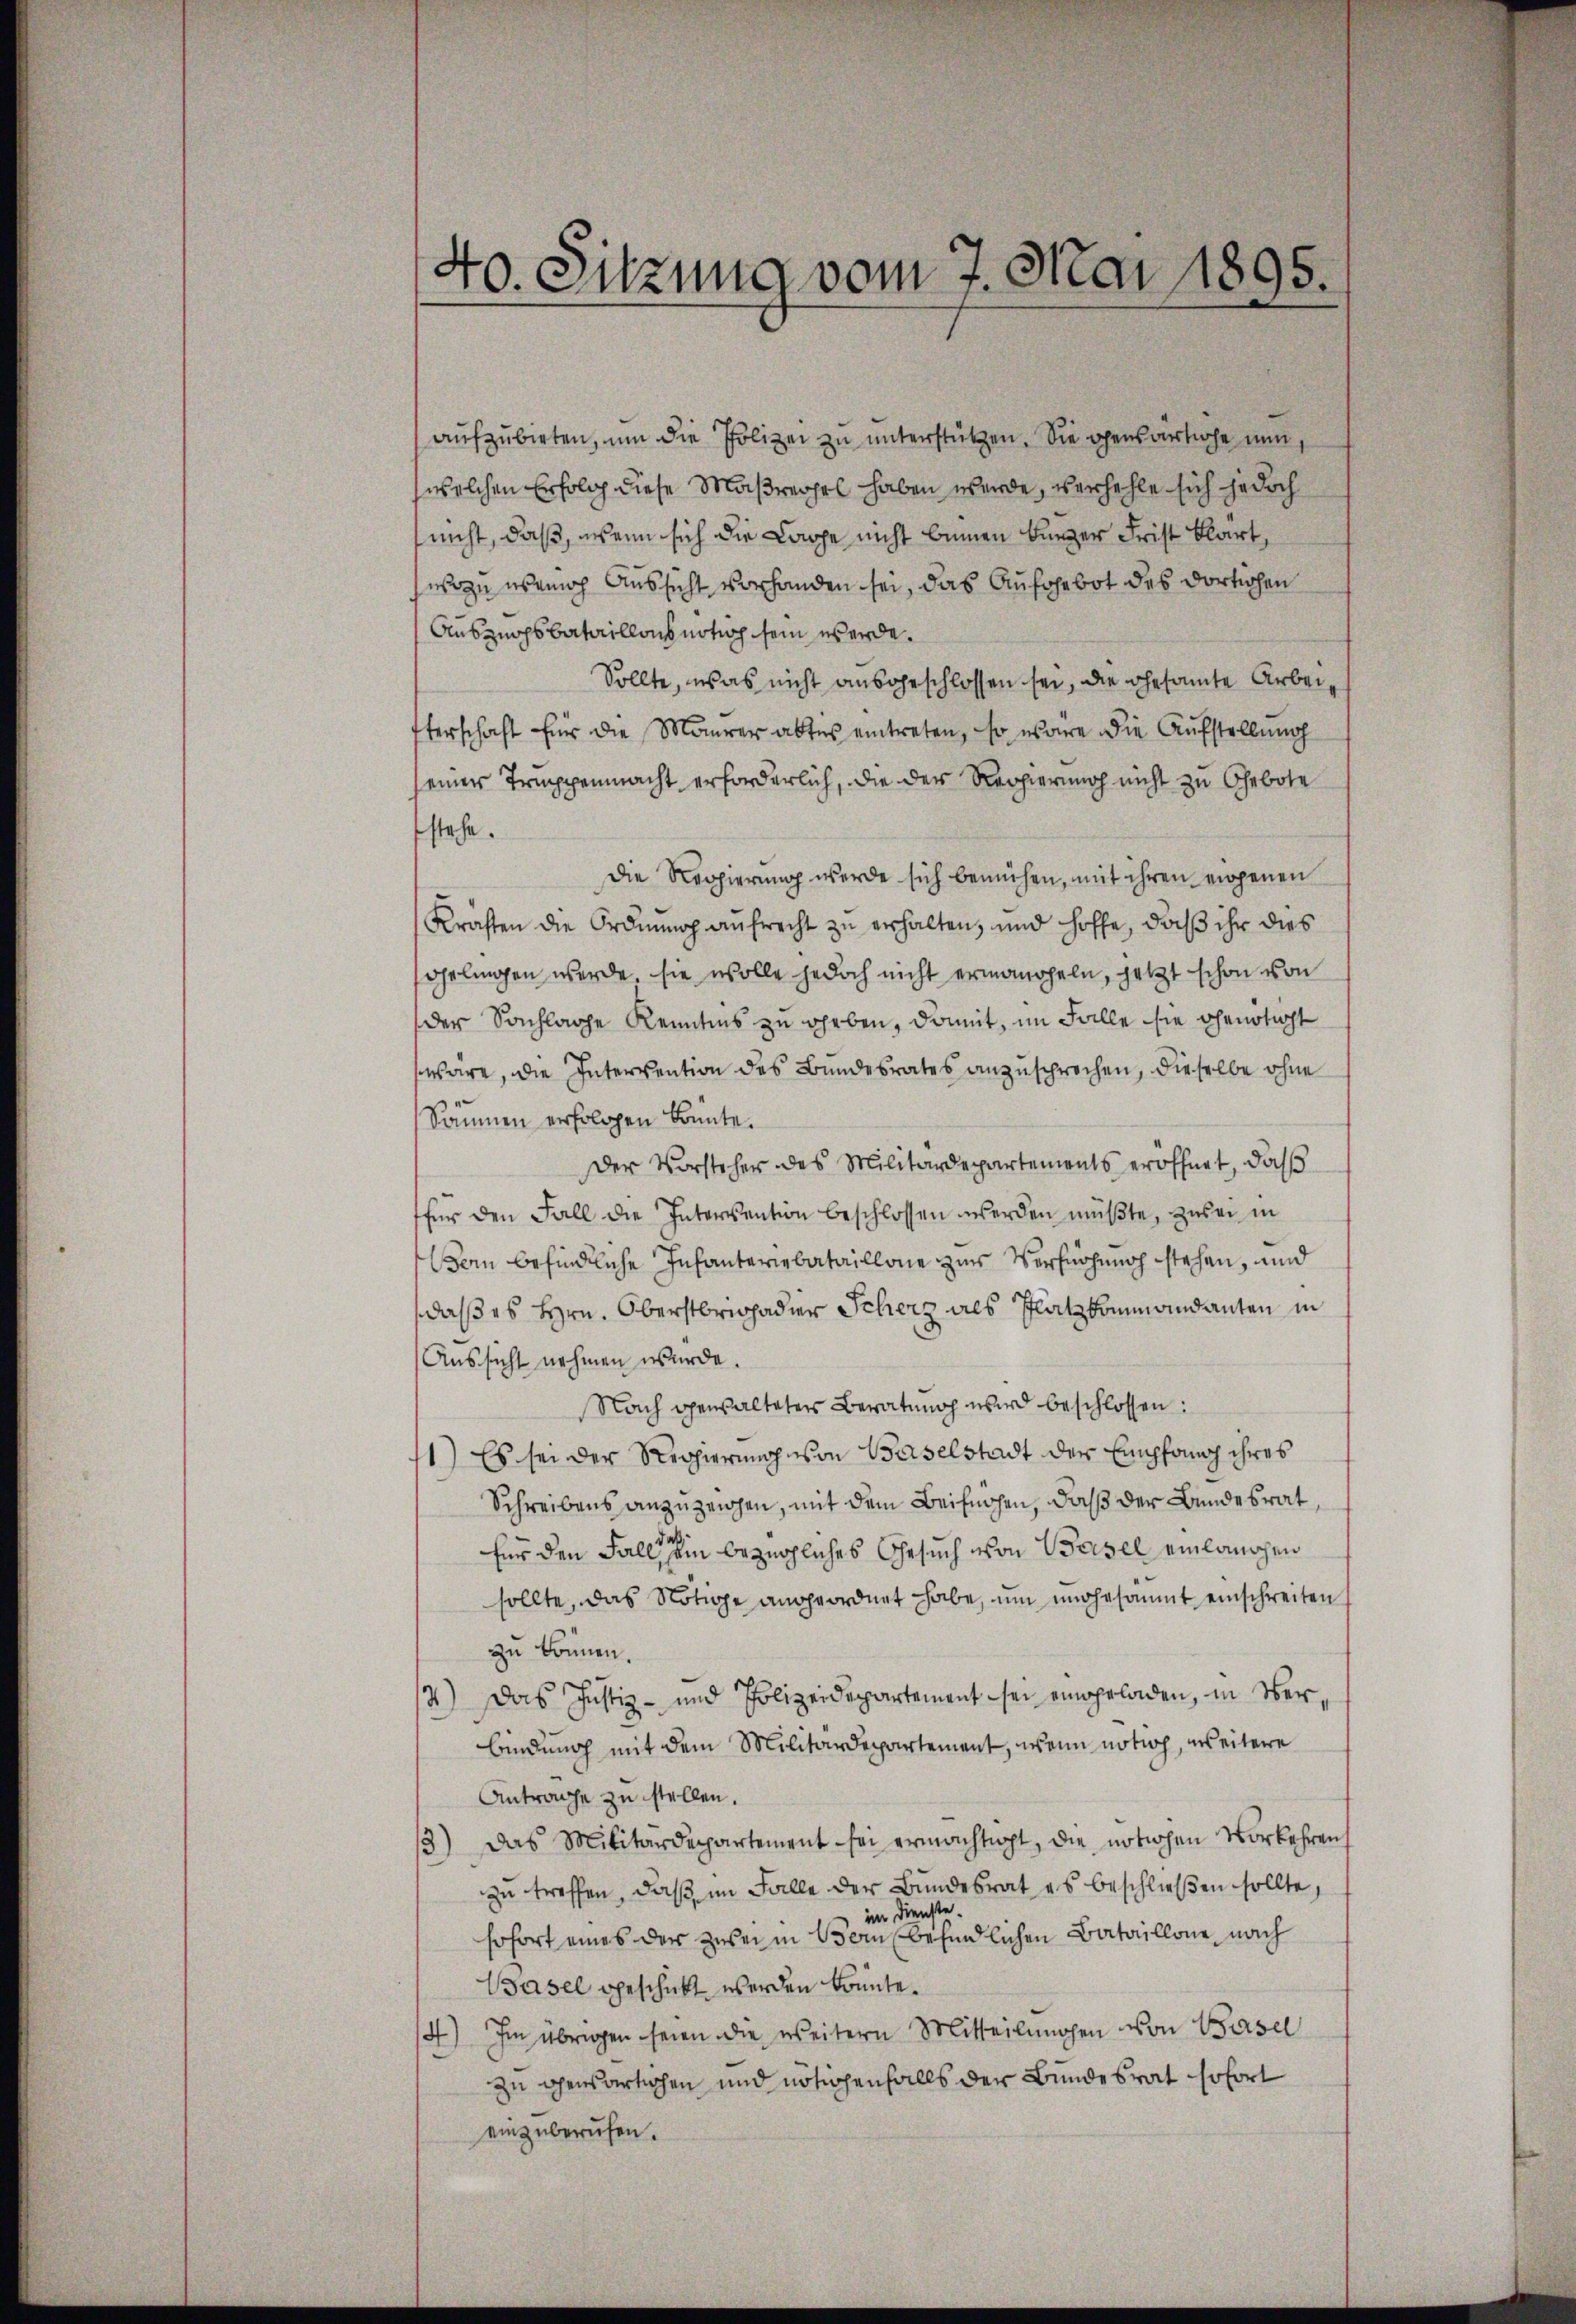
.
40. Sitzung vom 7. Mai No 95.

aufzubieten, um die Polizei zu unterstützen. Sie gensartiche nun,
welchen Erfolg diese Maßregel haben werde, verhehle sich jedoch
nicht, daß, wenn sich die Lappe nicht beinen burger Frist klart,
wozu wennoch Aussicht vorhanden sei, das Aufgebot des dortischen
Auszugsbataillons nötig sein werde.
Sollte, was nicht ausgeschlossen sei, die gesamte Arbeifterschaft für die Maurer abtes eintreten, so wäre die Aufstellung
seiner Truppenmacht erforderlich, die der Regierung nicht zu Gebote
stehe.
Die Regierung werde sich bemühen, mit ihren eigenen
Kräften die Ordnung aufrecht zu erhalten, und hoffe, daß ihr dies
ohrlingen werde, sie wolle jedoch nicht ermancheln, jetzt schon von
der Sachlage Kenntnis zu heben, damit, im Falle sie ohenötigt
wäre, die Intervention des Bundesrates anzusprochen, dieselbe ohne
Säumen erfolgen könnte.
Der Vorsteher des Militärdepartements eröffnet, daß
für den Fall die Intervention beschlossen werden müßte, zu sei in
Vom befindliche Infanteriebataillone zur Verfügung stehen, und
daß es Hrn. Oberstrigader Scherz als Platz kommandanten in
Aussicht nehmen wurde.
Nach gewalteter Beratung wird beschlossen:
11) Es sei der Regierung von Baselstadt der Empfang ihres
Schreibens anzuzeigen, mit dem Beifachen, daß der Bundesrat,
für den Falls ein bezügliches Gesuch von Waisel einlauchen
sollte, das Nötige angeordnet habe, um ungesammt einschreiten
zu können.
4) Das Justiz- und Polizeidepartement sei eingeladen, in Verbindung mit dem Militärdepartement, wenn nötig, weitere
Antrage zu stellen.
3) Das Militärdepartement sei ermächtigt, die nötiohen Vorkehren,
zu treffen, daß im Falle der Bundesrat es beschließen sollte,
im Dienste.
sofort eines der zwei in Vom befindlichen Bataillone nach
Basel geschickt werden könnte.
4) Im übrigen seien die weitern Mitteilungen von Basel
zu chensartichen und nötigenfalls der Bundesrat sofort
einzuberufen.